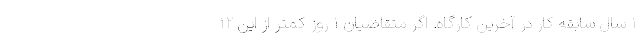
۱ سال سابقه کار در آخرین کارگاه. اگر متقاضیان ۱ روز کمتر از این ۱۲